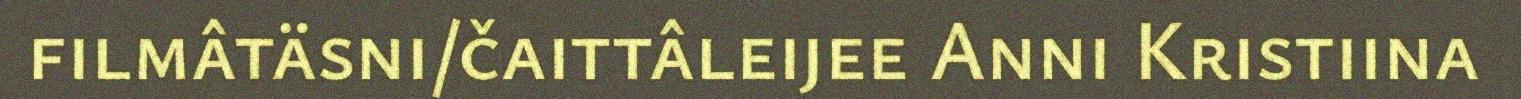
filmâtäsni/čaittâleijee Anni Kristiina